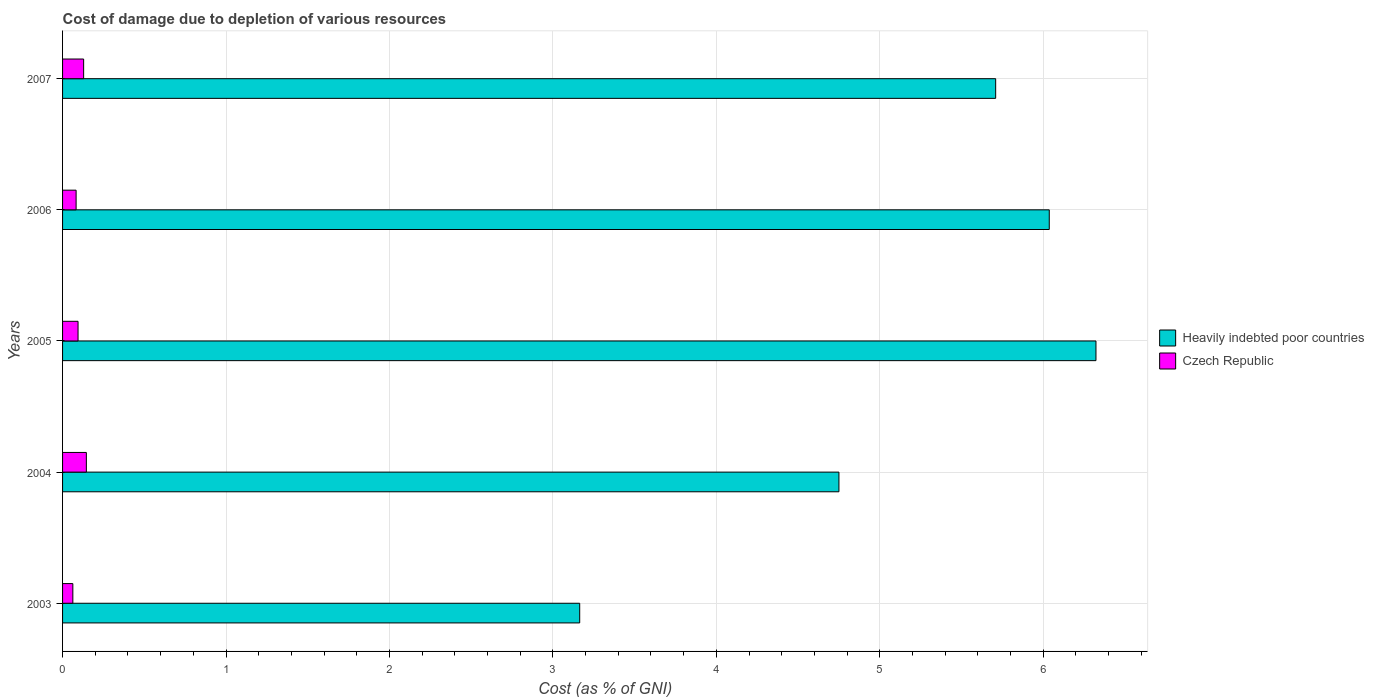
| Years | Heavily indebted poor countries | Czech Republic |
 | --- | --- | --- |
 | 2003 | 3.16 | 0.0629 |
 | 2004 | 4.75 | 0.146 |
 | 2005 | 6.32 | 0.0947 |
 | 2006 | 6.04 | 0.0829 |
 | 2007 | 5.71 | 0.129 |